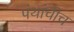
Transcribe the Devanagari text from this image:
पंथांचीच